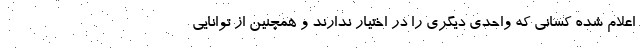
اعلام شده کسانی که واحدی دیگری را در اختیار ندارند و همچنین از توانایی